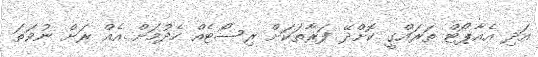
އަދި އެއާޕޯޓް ތަރައްގީ ކޮށްދޭ ފަރާތަކަށް ރިސޯޓެއް ހެދުމަށް އެެއް ރަށް ނުވަތަ